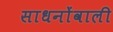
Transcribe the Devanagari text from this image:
साधनोंवाली